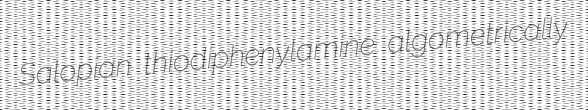
Salopian thiodiphenylamine algometrically